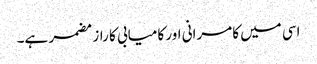
اسی میں کامرانی اور کامیابی کا راز مضمر ہے۔